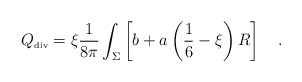
\begin{align*}{Q}_{\tiny\mbox{div}}=\xi {1 \over 8\pi}\int_{\Sigma}\left[b+a\left(\frac 16-\xi\right)R \right]~~~.\end{align*}